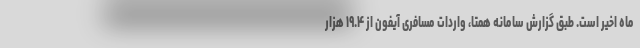
ماه اخیر است. طبق گزارش سامانه همتا، واردات مسافری آیفون از ۱۹.۴ هزار